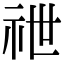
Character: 䄁